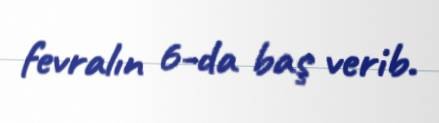
fevralın 6-da baş verib.